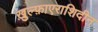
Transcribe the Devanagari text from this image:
ख़ुल्फ़ाएराशिदीन